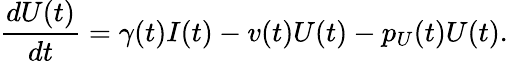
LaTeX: \frac{dU(t)}{dt}=\gamma(t)I(t)-v(t)U(t)-p_{U}(t)U(t).